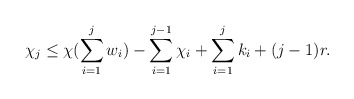
\begin{align*}\chi_j \leq \chi (\sum\limits_{i=1}^{j}w_i) -\sum\limits_{i=1}^{j-1}\chi_i+ \sum\limits_{i=1}^{j}k_i + (j-1)r.\end{align*}